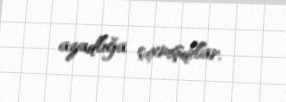
azadlığa çıxmışdılar.